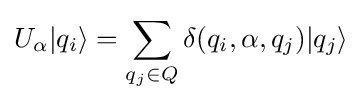
U_{\alpha }|q_{i}\rangle =\sum _{q_{j}\in Q}\delta (q_{i},\alpha ,q_{j})|q_{j}\rangle